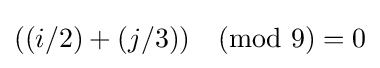
((i/2)+(j/3)){\pmod {9}}=0